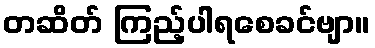
တဆိတ် ကြည့်ပါရစေခင်ဗျာ။